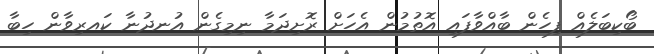
ބޯކިބަލެއް ފިހެން ބާއްވާފައި އޮތުމުން އެހަށް ރޮށިދަމާ ނިމިގެން އުނދުނާ ކައރިވާން ހިބާ